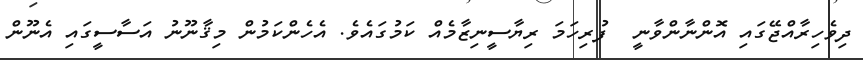
ދިވެހިރާއްޖޭގައި އޮންނާންވާނީ  ފުރިހަމަ ރިޔާސީނިޒާމެއް ކަމުގައެވެ. އެހެންކަމުން މިޤާނޫނު އަސާސީގައި އެނޫން